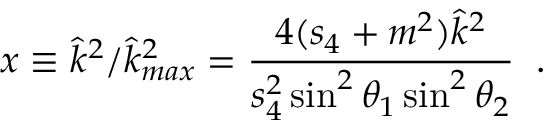
x \equiv \hat { k } ^ { 2 } / \hat { k } _ { m a x } ^ { 2 } = \frac { 4 ( s _ { 4 } + m ^ { 2 } ) \hat { k } ^ { 2 } } { s _ { 4 } ^ { 2 } \sin ^ { 2 } \theta _ { 1 } \sin ^ { 2 } \theta _ { 2 } } \; \; .